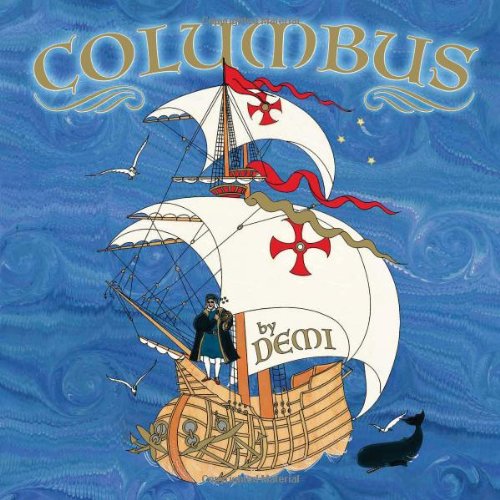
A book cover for Columbus; Demi; Children's Books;